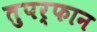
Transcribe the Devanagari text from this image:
तुपर्फान